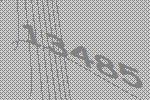
13485